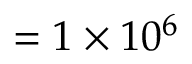
= 1 \times 1 0 ^ { 6 }